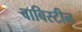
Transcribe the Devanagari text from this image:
वाबिस्टीन